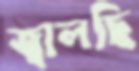
জ্বালছি